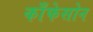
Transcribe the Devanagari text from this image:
काँफेसोन